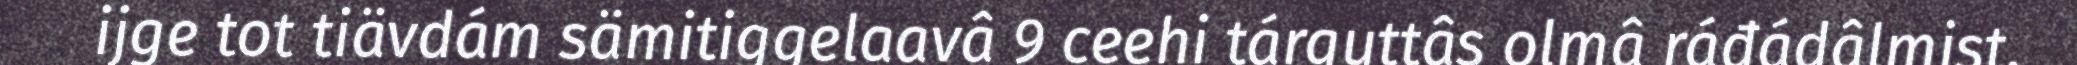
ijge tot tiävdám sämitiggelaavâ 9 ceehi tárguttâs olmâ ráđádâlmist,